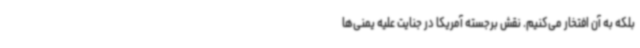
بلکه به آن افتخار می‌کنیم. نقش برجسته آمریکا در جنایت علیه یمنی‌ها